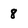
Character: 8